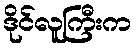
ဒိုင်လူကြီးက